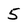
Character: 5